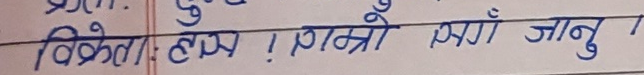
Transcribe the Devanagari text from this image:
विक्रेताहरु ! राम्रो संग जानु !